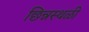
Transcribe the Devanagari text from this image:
छिन्नस्थळी